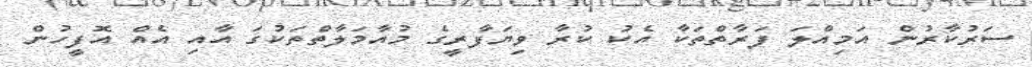
ސަރުކާރުން އަމިއްލަ ފަރާތްތަކާ އެކު ކުރާ ވިޔަފާރީގެ މުއާމަލާތްތަކުގަ އާއި އެއް އޮފީހުން